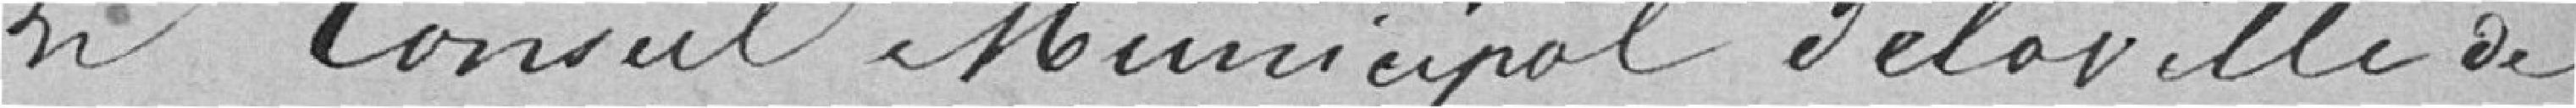
Le Conseil Municipal de la ville de